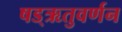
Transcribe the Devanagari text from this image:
षड्‌ऋतुवर्णन